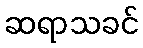
ဆရာသခင်